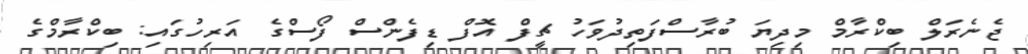
ޖެނެރަލް ބިކްރާމް މިދިޔަ ބުރާސްފަތިދުވަހު ޗީފް އޮފް ޑިފެންސް ފޯސްގެ އަރިހުގައި: ބިކްރާމްގެ